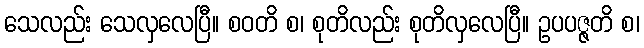
သေလည်း သေလှလေပြီ။ စဝတိ စ၊ စုတိလည်း စုတိလှလေပြီ။ ဥပပဇ္ဇတိ စ၊